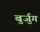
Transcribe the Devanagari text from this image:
बुर्जुग